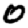
Digit: 0